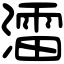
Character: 㵢